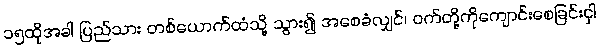
၁၅ထိုအခါ ပြည်သား တစ်ယောက်ထံသို့ သွား၍ အစေခံလျှင်၊ ဝက်တို့ကိုကျောင်းစေခြင်းငှါ